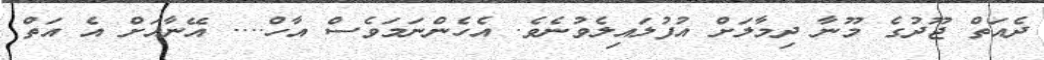
ދެއަތް ޖޫދުގެ މޫނާ ދިމާލަށް އުފުލައިލެވުނެވެ. އެހެންނަމަވެސް އާހް.... އޭނާއަށް އެ އަތް